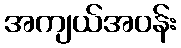
အကျယ်အဝန်း